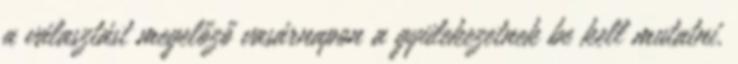
a választást megelőző vasárnapon a gyülekezetnek be kell mutatni.